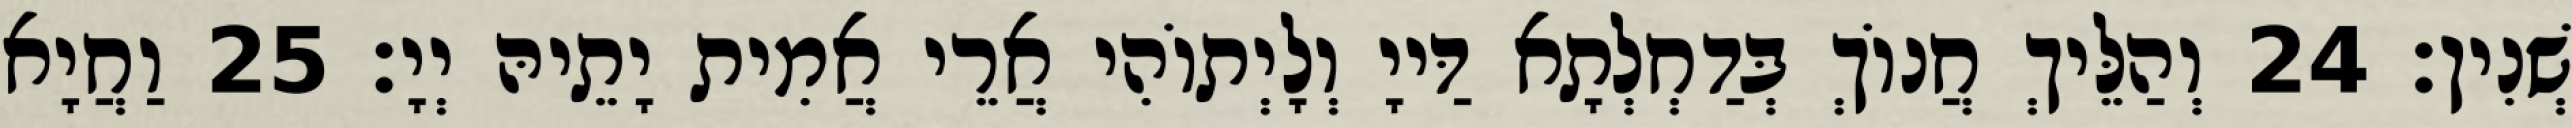
שְׁנִין׃ 24 וְהַלֵּיךְ חֲנוֹךְ בְּדַחְלְתָא דַּייָ וְלָיְתוֹהִי אֲרֵי אֲמִית יָתֵיהּ יְיָ׃ 25 וַחֲיָא